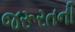
જરૂરતની